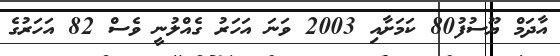
އާދަމް ޔޫސުފު80 ކަމަށާއި 2003 ވަނަ އަހަރު ގެއްލުނީ ވެސް 82 އަހަރުގެ